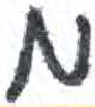
אות: מ